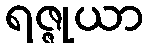
ရဇ္ဇုယာ